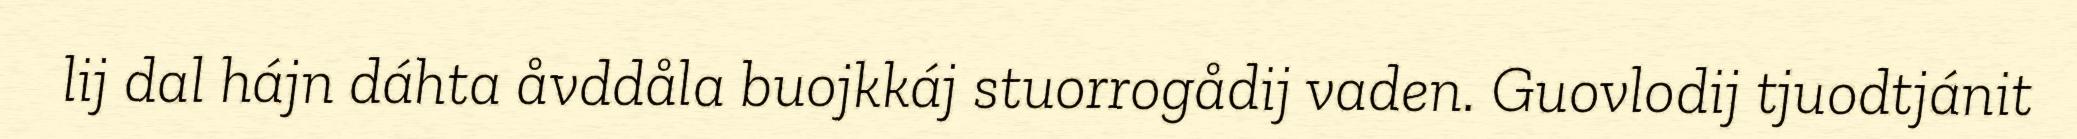
lij dal hájn dáhta åvddåla buojkkáj stuorrogådij vaden. Guovlodij tjuodtjánit